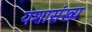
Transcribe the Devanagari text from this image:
यशासंख्य